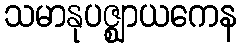
သမာနုပဇ္ဈာယကေန